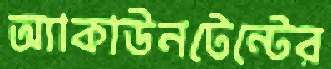
অ্যাকাউনটেন্টের